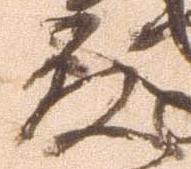
殿